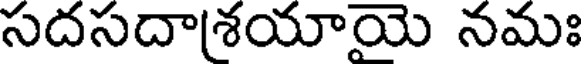
సదసదాశయాయె నమః